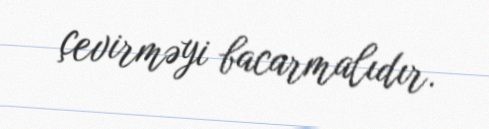
çevirməyi bacarmalıdır.